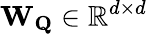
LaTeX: \mathbf{W_{Q}}\in\mathbb{R}^{d\times d}